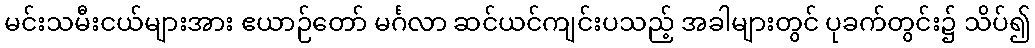
မင်းသမီးငယ်များအား ဧယာဉ်တော် မင်္ဂလာ ဆင်ယင်ကျင်းပသည့် အခါများတွင် ပုခက်တွင်း၌ သိပ်၍